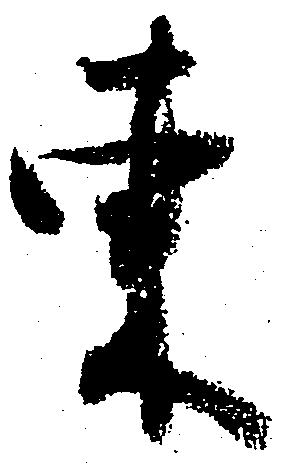
東